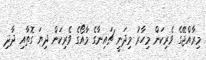
މިރާއްޖޭގެ ވެރިކަން މިހާރު މިދަނީ ޗައިނާގެ މާއޯގެ ވެރިކަން ދިޔަ ގޮތާއި ދާދި